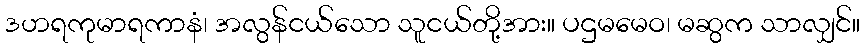
ဒဟရကုမာရကာနံ၊ အလွန်ငယ်သော သူငယ်တို့အား။ ပဌမမေဝ၊ မဆွက သာလျှင်။